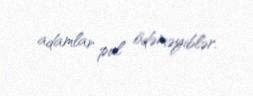
adamlar pul ödəməyiblər.